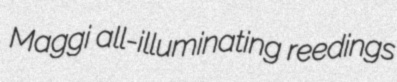
Maggi all-illuminating reedings